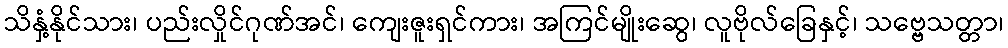
သိနှံ့နိုင်သား၊ ပည်းလှိုင်ဂုဏ်အင်၊ ကျေးဇူးရှင်ကား၊ အကြင်မျိုးဆွေ၊ လူဗိုလ်ခြေနှင့်၊ သဗ္ဗေသတ္တာ၊